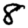
Digit: 8